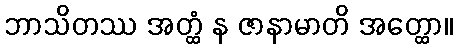
ဘာသိတဿ အတ္ထံ န ဇာနာမာတိ အတ္ထော။